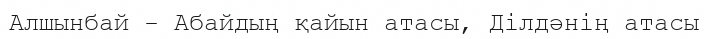
Алшынбай - Абайдың қайын атасы, Ділдәнің атасы